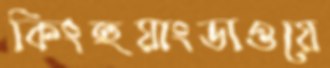
কিংহুয়াংডাওয়ে